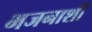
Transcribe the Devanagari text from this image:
भजनाशी